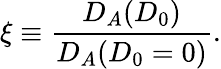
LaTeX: \xi\equiv\frac{D_{A}(D_{0})}{D_{A}(D_{0}=0)}.